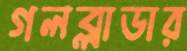
গলব্লাডার